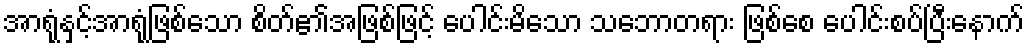
အာရုံနှင့်အာရုံဖြစ်သော စိတ်၏အဖြစ်ဖြင့် ပေါင်းမိသော သဘောတရား ဖြစ်စေ ပေါင်းစပ်ပြီးနောက်